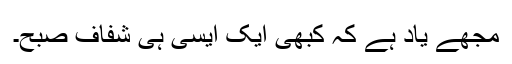
مجھے یاد ہے کہ کبھی ایک ایسی ہی شفاف صبح۔